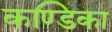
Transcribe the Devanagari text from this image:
कण्‍डिका